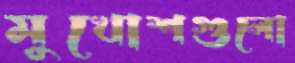
মুখোশগুলো